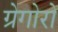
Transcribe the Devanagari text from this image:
ग्रेगोरो